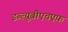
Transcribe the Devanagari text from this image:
डब्ल्यूबीएचएफ़